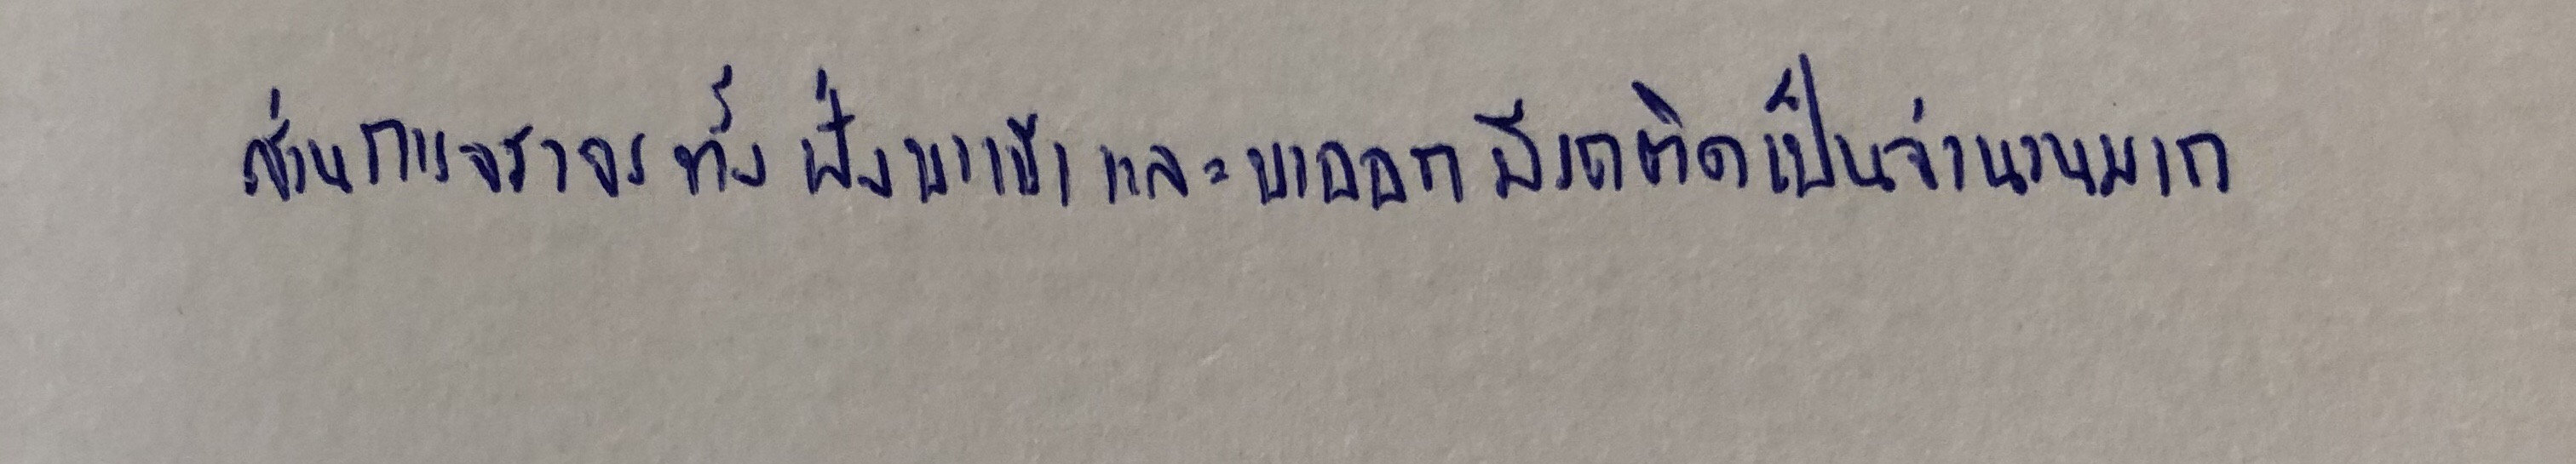
ส่วนการจราจรทั้งฝั่งขาเข้าและขาออกมีรถติดเป็นจำนวนมาก